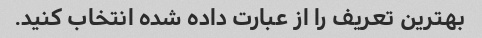
بهترین تعریف را از عبارت داده شده انتخاب کنید.